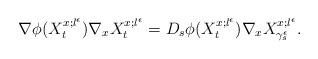
LaTeX: \begin{align*}\nabla\phi(X_{t}^{x;l^\epsilon})\nabla_{x} X_{t}^{x;l^\epsilon}=D_{s}\phi(X_{t}^{x;l^\epsilon})\nabla_{x}X_{\gamma^{\epsilon}_{s}}^{x;l^\epsilon}.\end{align*}